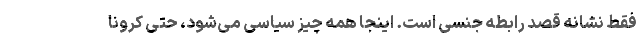
فقط نشانه قصد رابطه جنسی است. اینجا همه چیز سیاسی می‌شود، حتی کرونا